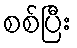
စစ်ပြီး